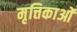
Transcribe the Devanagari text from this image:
मृत्तिकाओं